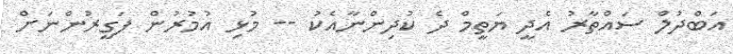
އަބްދުލް ސައްތާރު އެދީ ޔަތީމް ދެ ކުދިންނާއެކު -- މުޅި އުމުރުން ފަގީރުންނަށް